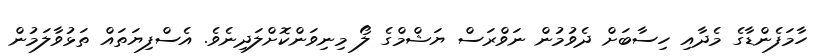
ހާމަފެންޑާގެ މެދާއި ހިސާބަށް ދެވުމުން ނަވްރަސް ޔަޝްމްގެ ލޯ މިނިވަންކޮށްލަދިނެވެ. އެސްފިޔަތައް ތަޅުވާލަމުން